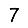
Digit: 7